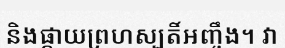
និងផ្កាយព្រហស្បតិ៍អញ្ចឹង។ វា